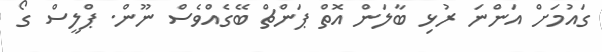
ގައުމަށް އަންނަ ރުޅި ބާލަން އޮތް ޕަންޗް ބޭގެއްވެސް ނޫން. ޕްލީސް ގޯ